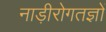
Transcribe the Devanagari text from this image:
नाड़ीरोगतज्ञों